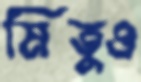
মিতুও